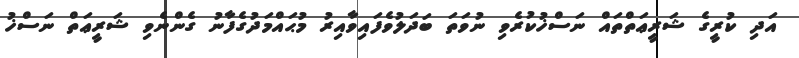
އަދި ކުރީގެ ޝަރީޢަތްތައް ނަސްޚުކުރެވި ނުވަތަ ބަދަލުވެފައިވާއިރު މުޙައްމަދުގެފާނު ގެންނެވި ޝަރީޢަތް ނަސްޚު